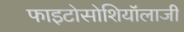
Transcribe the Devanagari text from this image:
फाइटोसोशियॉलाजी